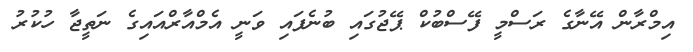
އިމްރާން އޭނާގެ ރަސްމީ ފޭސްބުކް ޕޭޖުގައި ބުނެފައި ވަނީ އެމްއާރްއައިގެ ނަތީޖާ ހުކުރު